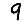
Digit: 9